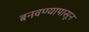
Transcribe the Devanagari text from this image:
बनवण्यापासून